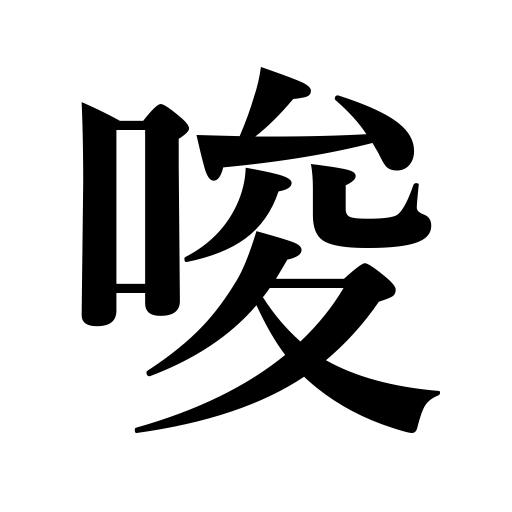
Meanings: instigate,promote,tempt,seduce